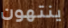
ينتهون